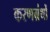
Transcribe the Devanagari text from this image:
करणग्रंथों